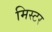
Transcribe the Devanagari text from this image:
मिस्‍टर